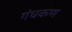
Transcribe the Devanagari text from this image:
गंधकण